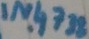
Text: IN4738